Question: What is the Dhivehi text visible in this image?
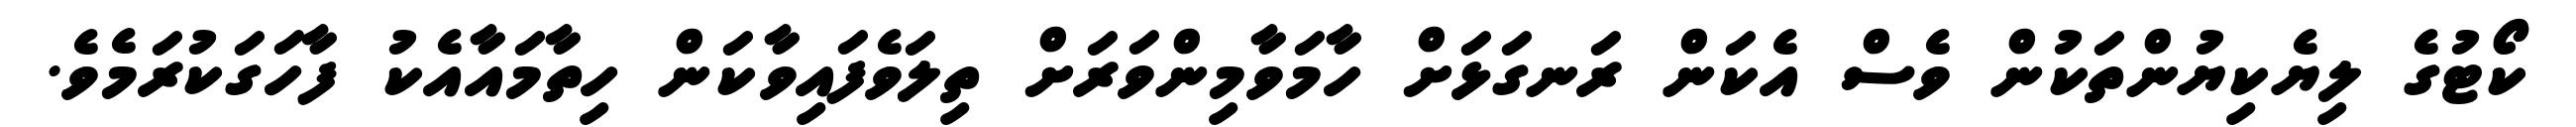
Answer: ކޯޓުގެ ލިޔެކިޔުންތަކުން ވެސް އެކަން ރަނގަޅަށް ހާމަވާމިންވަރަށް ތިލަވެފައިވާކަން ހިތާމައާއެކު ފާހަގަކުރަމެވެ.